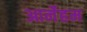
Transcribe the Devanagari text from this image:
आर्नेहम